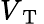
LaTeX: V_{\mathrm{~T~}}